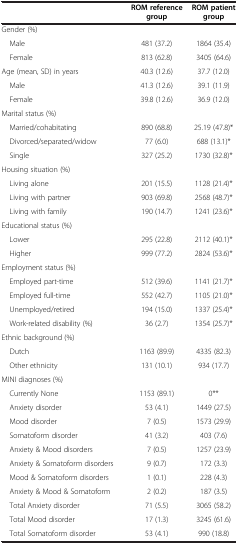
<table><thead><tr><td>[EMPTY_CELL]</td><td><b>ROM reference group</b></td><td><b>ROM patient group</b></td></tr></thead><tbody><tr><td>Gender (%)</td><td>[EMPTY_CELL]</td><td>[EMPTY_CELL]</td></tr><tr><td> Male</td><td>481 (37.2)</td><td>1864 (35.4)</td></tr><tr><td> Female</td><td>813 (62.8)</td><td>3405 (64.6)</td></tr><tr><td>Age (mean, SD) in years</td><td>40.3 (12.6)</td><td>37.7 (12.0)</td></tr><tr><td> Male</td><td>41.3 (12.6)</td><td>39.1 (11.9)</td></tr><tr><td> Female</td><td>39.8 (12.6)</td><td>36.9 (12.0)</td></tr><tr><td>Marital status (%)</td><td>[EMPTY_CELL]</td><td>[EMPTY_CELL]</td></tr><tr><td> Married/cohabitating</td><td>890 (68.8)</td><td>25.19 (47.8)*</td></tr><tr><td> Divorced/separated/widow</td><td>77 (6.0)</td><td>688 (13.1)*</td></tr><tr><td> Single</td><td>327 (25.2)</td><td>1730 (32.8)*</td></tr><tr><td>Housing situation (%)</td><td>[EMPTY_CELL]</td><td>[EMPTY_CELL]</td></tr><tr><td> Living alone</td><td>201 (15.5)</td><td>1128 (21.4)*</td></tr><tr><td> Living with partner</td><td>903 (69.8)</td><td>2568 (48.7)*</td></tr><tr><td> Living with family</td><td>190 (14.7)</td><td>1241 (23.6)*</td></tr><tr><td>Educational status (%)</td><td>[EMPTY_CELL]</td><td>[EMPTY_CELL]</td></tr><tr><td> Lower</td><td>295 (22.8)</td><td>2112 (40.1)*</td></tr><tr><td> Higher</td><td>999 (77.2)</td><td>2824 (53.6)*</td></tr><tr><td>Employment status (%)</td><td>[EMPTY_CELL]</td><td>[EMPTY_CELL]</td></tr><tr><td> Employed part-time</td><td>512 (39.6)</td><td>1141 (21.7)*</td></tr><tr><td> Employed full-time</td><td>552 (42.7)</td><td>1105 (21.0)*</td></tr><tr><td> Unemployed/retired</td><td>194 (15.0)</td><td>1337 (25.4)*</td></tr><tr><td> Work-related disability (%)</td><td>36 (2.7)</td><td>1354 (25.7)*</td></tr><tr><td>Ethnic background (%)</td><td>[EMPTY_CELL]</td><td>[EMPTY_CELL]</td></tr><tr><td> Dutch</td><td>1163 (89.9)</td><td>4335 (82.3)</td></tr><tr><td> Other ethnicity</td><td>131 (10.1)</td><td>934 (17.7)</td></tr><tr><td>MINI diagnoses (%)</td><td>[EMPTY_CELL]</td><td>[EMPTY_CELL]</td></tr><tr><td> Currently None</td><td>1153 (89.1)</td><td>0**</td></tr><tr><td> Anxiety disorder</td><td>53 (4.1)</td><td>1449 (27.5)</td></tr><tr><td> Mood disorder</td><td>7 (0.5)</td><td>1573 (29.9)</td></tr><tr><td> Somatoform disorder</td><td>41 (3.2)</td><td>403 (7.6)</td></tr><tr><td> Anxiety &amp; Mood disorders</td><td>7 (0.5)</td><td>1257 (23.9)</td></tr><tr><td> Anxiety &amp; Somatoform disorders</td><td>9 (0.7)</td><td>172 (3.3)</td></tr><tr><td> Mood &amp; Somatoform disorders</td><td>1 (0.1)</td><td>228 (4.3)</td></tr><tr><td> Anxiety &amp; Mood &amp; Somatoform</td><td>2 (0.2)</td><td>187 (3.5)</td></tr><tr><td> Total Anxiety disorder</td><td>71 (5.5)</td><td>3065 (58.2)</td></tr><tr><td> Total Mood disorder</td><td>17 (1.3)</td><td>3245 (61.6)</td></tr><tr><td> Total Somatoform disorder</td><td>53 (4.1)</td><td>990 (18.8)</td></tr></tbody></table>